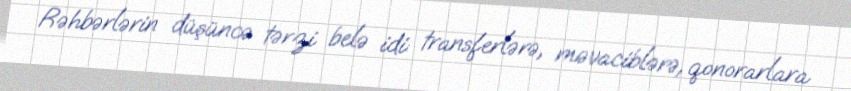
Rəhbərlərin düşüncə tərzi belə idi: transferlərə, məvaciblərə, qonorarlara